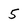
Character: 5